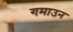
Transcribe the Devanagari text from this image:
गमाउन